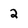
Character: 2